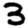
Digit: 3